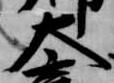
大